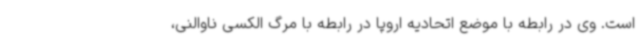
است. وی در رابطه با موضع اتحادیه اروپا در رابطه با مرگ الکسی ناوالنی،